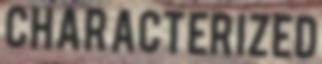
CHARACTERIZED